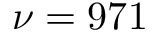
\nu = 9 7 1